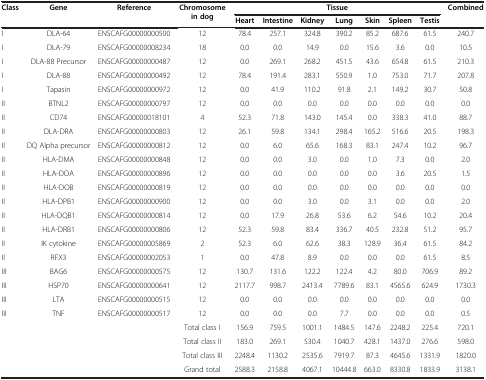
<table><thead><tr><td rowspan="2"><b>Class</b></td><td rowspan="2"><b>Gene</b></td><td rowspan="2"><b>Reference</b></td><td rowspan="2"><b>Chromosome in dog</b></td><td colspan="7"><b>Tissue</b></td><td rowspan="2"><b>Combined</b></td></tr><tr><td><b>Heart</b></td><td><b>Intestine</b></td><td><b>Kidney</b></td><td><b>Lung</b></td><td><b>Skin</b></td><td><b>Spleen</b></td><td><b>Testis</b></td></tr></thead><tbody><tr><td>I</td><td>DLA-64</td><td> </td><td>ENSCAFG00000000500</td><td>12</td><td>78.4</td><td>257.1</td><td>324.8</td><td>390.2</td><td>85.2</td><td>687.6</td><td>61.5</td><td>240.7</td></tr><tr><td>I</td><td>DLA-79</td><td> </td><td>ENSCAFG00000008234</td><td>18</td><td>0.0</td><td>0.0</td><td>14.9</td><td>0.0</td><td>15.6</td><td>3.6</td><td>0.0</td><td>10.5</td></tr><tr><td>I</td><td>DLA-88 Precursor</td><td> </td><td>ENSCAFG00000000487</td><td>12</td><td>0.0</td><td>269.1</td><td>268.2</td><td>451.5</td><td>43.6</td><td>654.8</td><td>61.5</td><td>210.3</td></tr><tr><td>I</td><td>DLA-88</td><td> </td><td>ENSCAFG00000000492</td><td>12</td><td>78.4</td><td>191.4</td><td>283.1</td><td>550.9</td><td>1.0</td><td>753.0</td><td>71.7</td><td>207.8</td></tr><tr><td>I</td><td>Tapasin</td><td> </td><td>ENSCAFG00000000972</td><td>12</td><td>0.0</td><td>41.9</td><td>110.2</td><td>91.8</td><td>2.1</td><td>149.2</td><td>30.7</td><td>50.8</td></tr><tr><td>II</td><td>BTNL2</td><td> </td><td>ENSCAFG00000000797</td><td>12</td><td>0.0</td><td>0.0</td><td>0.0</td><td>0.0</td><td>0.0</td><td>0.0</td><td>0.0</td><td>0.0</td></tr><tr><td>II</td><td>CD74</td><td> </td><td>ENSCAFG00000018101</td><td>4</td><td>52.3</td><td>71.8</td><td>143.0</td><td>145.4</td><td>0.0</td><td>338.3</td><td>41.0</td><td>88.7</td></tr><tr><td>II</td><td>DLA-DRA</td><td> </td><td>ENSCAFG00000000803</td><td>12</td><td>26.1</td><td>59.8</td><td>134.1</td><td>298.4</td><td>165.2</td><td>516.6</td><td>20.5</td><td>198.3</td></tr><tr><td>II</td><td>DQ Alpha precursor</td><td> </td><td>ENSCAFG00000000812</td><td>12</td><td>0.0</td><td>6.0</td><td>65.6</td><td>168.3</td><td>83.1</td><td>247.4</td><td>10.2</td><td>96.7</td></tr><tr><td>II</td><td>HLA-DMA</td><td> </td><td>ENSCAFG00000000848</td><td>12</td><td>0.0</td><td>0.0</td><td>3.0</td><td>0.0</td><td>1.0</td><td>7.3</td><td>0.0</td><td>2.0</td></tr><tr><td>II</td><td>HLA-DOA</td><td> </td><td>ENSCAFG00000000896</td><td>12</td><td>0.0</td><td>0.0</td><td>0.0</td><td>0.0</td><td>0.0</td><td>3.6</td><td>20.5</td><td>1.5</td></tr><tr><td>II</td><td>HLA-DOB</td><td> </td><td>ENSCAFG00000000819</td><td>12</td><td>0.0</td><td>0.0</td><td>0.0</td><td>0.0</td><td>0.0</td><td>0.0</td><td>0.0</td><td>0.0</td></tr><tr><td>II</td><td>HLA-DPB1</td><td> </td><td>ENSCAFG00000000900</td><td>12</td><td>0.0</td><td>0.0</td><td>3.0</td><td>0.0</td><td>3.1</td><td>0.0</td><td>0.0</td><td>2.0</td></tr><tr><td>II</td><td>HLA-DQB1</td><td> </td><td>ENSCAFG00000000814</td><td>12</td><td>0.0</td><td>17.9</td><td>26.8</td><td>53.6</td><td>6.2</td><td>54.6</td><td>10.2</td><td>20.4</td></tr><tr><td>II</td><td>HLA-DRB1</td><td> </td><td>ENSCAFG00000000806</td><td>12</td><td>52.3</td><td>59.8</td><td>83.4</td><td>336.7</td><td>40.5</td><td>232.8</td><td>51.2</td><td>95.7</td></tr><tr><td>II</td><td>IK cytokine</td><td> </td><td>ENSCAFG00000005869</td><td>2</td><td>52.3</td><td>6.0</td><td>62.6</td><td>38.3</td><td>128.9</td><td>36.4</td><td>61.5</td><td>84.2</td></tr><tr><td>II</td><td>RFX3</td><td> </td><td>ENSCAFG00000002053</td><td>1</td><td>0.0</td><td>47.8</td><td>8.9</td><td>0.0</td><td>0.0</td><td>0.0</td><td>61.5</td><td>8.5</td></tr><tr><td>III</td><td>BAG6</td><td> </td><td>ENSCAFG00000000575</td><td>12</td><td>130.7</td><td>131.6</td><td>122.2</td><td>122.4</td><td>4.2</td><td>80.0</td><td>706.9</td><td>89.2</td></tr><tr><td>III</td><td>HSP70</td><td> </td><td>ENSCAFG00000000641</td><td>12</td><td>2117.7</td><td>998.7</td><td>2413.4</td><td>7789.6</td><td>83.1</td><td>4565.6</td><td>624.9</td><td>1730.3</td></tr><tr><td>III</td><td>LTA</td><td> </td><td>ENSCAFG00000000515</td><td>12</td><td>0.0</td><td>0.0</td><td>0.0</td><td>0.0</td><td>0.0</td><td>0.0</td><td>0.0</td><td>0.0</td></tr><tr><td>III</td><td>TNF</td><td> </td><td>ENSCAFG00000000517</td><td>12</td><td>0.0</td><td>0.0</td><td>0.0</td><td>7.7</td><td>0.0</td><td>0.0</td><td>0.0</td><td>0.5</td></tr><tr><td> </td><td> </td><td> </td><td> </td><td>Total class I</td><td>156.9</td><td>759.5</td><td>1001.1</td><td>1484.5</td><td>147.6</td><td>2248.2</td><td>225.4</td><td>720.1</td></tr><tr><td> </td><td> </td><td> </td><td> </td><td>Total class II</td><td>183.0</td><td>269.1</td><td>530.4</td><td>1040.7</td><td>428.1</td><td>1437.0</td><td>276.6</td><td>598.0</td></tr><tr><td> </td><td> </td><td> </td><td> </td><td>Total class III</td><td>2248.4</td><td>1130.2</td><td>2535.6</td><td>7919.7</td><td>87.3</td><td>4645.6</td><td>1331.9</td><td>1820.0</td></tr><tr><td> </td><td> </td><td> </td><td> </td><td>Grand total</td><td>2588.3</td><td>2158.8</td><td>4067.1</td><td>10444.8</td><td>663.0</td><td>8330.8</td><td>1833.9</td><td>3138.1</td></tr></tbody></table>